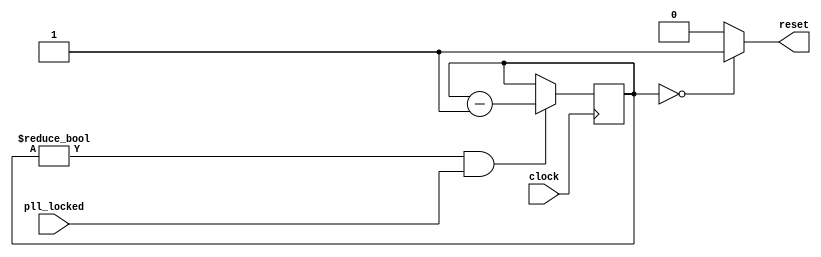
// This program was cloned from: https://github.com/denandz/lpc_sniffer_tpm
// License: GNU General Public License v3.0

module power_on_reset(
	input pll_locked,
	input clock,
	output reg reset);

reg [31:0] counter = 32'h2;

always @(*) begin
	if (counter == 0)
		reset = 1;
	else
		reset = 0;
end

always @(negedge clock) begin
	if (counter != 0 && pll_locked)
		counter <= counter - 1;
end

endmodule